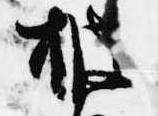
披